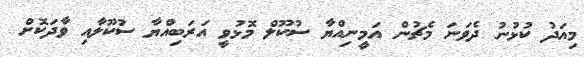
މިއަދު ކުޅުނު ދެވަނަ މެޗުން އަމީނިއްޔާ ސުކޫލް މޮޅުވީ އަރަބިއްޔާ ސުކޫލާއި ވާދަކޮށް